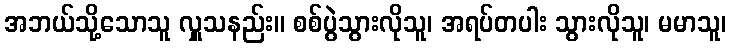
အဘယ်သို့သောသူ လှူသနည်း။ စစ်ပွဲသွားလိုသူ၊ အရပ်တပါး သွားလိုသူ၊ မမာသူ၊